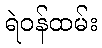
ရဲဝန်ထမ်း